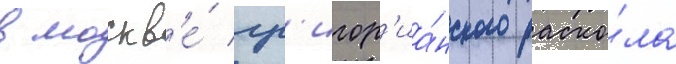
в москв'е́ гр'игор'иа́нского раско́ла